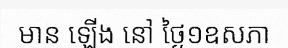
មាន ឡើង នៅ ថ្ងៃ១ឧសភា